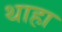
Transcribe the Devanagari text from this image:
थाहा